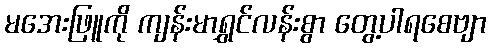
မအေးဖြူကို ကျန်းမာရွှင်လန်းစွာ တွေ့ပါရစေဗျာ